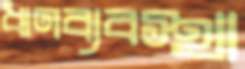
ঋণব্যবস্থা